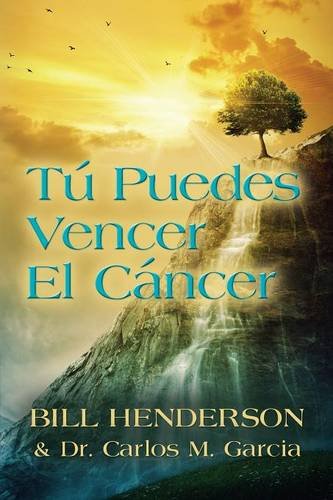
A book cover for TÃº puedes Vencer El CÃ¡ncer: Tu GuÃ­a Hacia una CuraciÃ³n Suave y No-tÃ³xica (Spanish Edition); Bill Henderson; Cookbooks, Food & Wine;